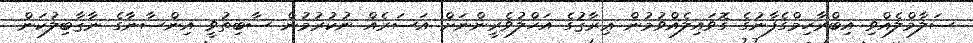
ސަލާމްލެއްވި އިބްރާހިމްގެފާނުގެ ގޮވައިލެއްވުމުން ޢިރާޤުގެ އަހްލުވެރީންނަށް އަސަރެއް ނުކުރުމުން ސާބިތުވީ އިންސާނާގެ ނާޤާބިލުކަން